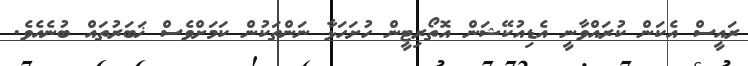
ރައީސް އެކަން ކުރައްވާނީ އެޑިއުކޭޝަން އޮތޯރިޓީން ހުށަހަޅާ ނަންތަކުން ކަމަށްވެސް ޚަބަރުތައް ބުނެއެވެ.